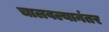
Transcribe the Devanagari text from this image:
चालवल्यानंतर